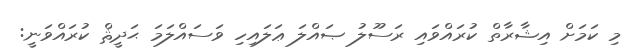
މި ކަމަށް އިޝާރާތް ކުރައްވައި ރަސޫލު ޞައްލަ ޢަލައިހި ވަސައްލަމަ ޙަދީޘް ކުރައްވަނީ: